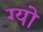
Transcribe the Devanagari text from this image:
ग्यो